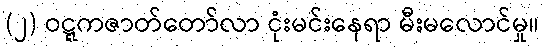
(၂) ဝဋ္ဋကဇာတ်တော်လာ ငုံးမင်းနေရာ မီးမလောင်မှု။